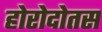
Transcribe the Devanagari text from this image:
होरोदोतस